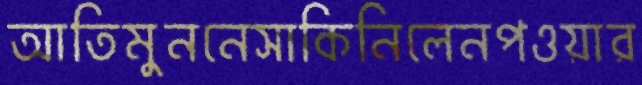
আতিমুননেসাকিনিলেনপওয়ার